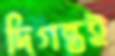
দিগন্তই